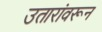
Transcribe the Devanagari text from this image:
उतारांवरून